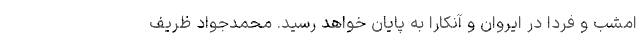
امشب و فردا در ایروان و آنکارا به پایان خواهد رسید. محمدجواد ظریف